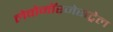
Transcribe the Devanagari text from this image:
लेवोनॉरजेसट्रेल